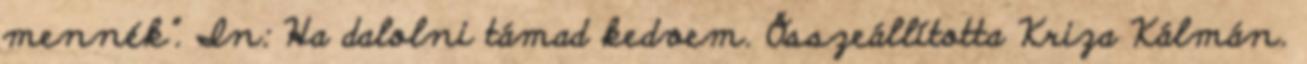
mennék”. In: Ha dalolni támad kedvem. Összeállította Kriza Kálmán.